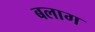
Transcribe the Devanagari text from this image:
बलाग